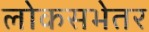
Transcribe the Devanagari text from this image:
लोकसभेतर